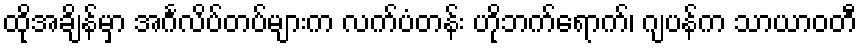
ထိုအချိန်မှာ အင်္ဂလိပ်တပ်များက လက်ပံတန်း ဟိုဘက်ရောက်၊ ဂျပန်က သာယာဝတီ